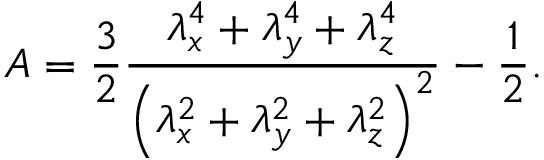
A = \frac { 3 } { 2 } \frac { \lambda _ { x } ^ { 4 } + \lambda _ { y } ^ { 4 } + \lambda _ { z } ^ { 4 } } { \left( \lambda _ { x } ^ { 2 } + \lambda _ { y } ^ { 2 } + \lambda _ { z } ^ { 2 } \right) ^ { 2 } } - \frac { 1 } { 2 } .